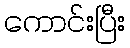
ကောင်းပြီး